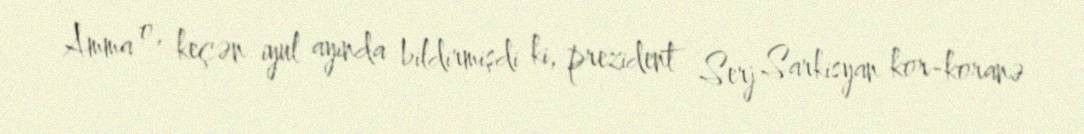
Amma o, keçən iyul ayında bildirmişdi ki, prezident Serj Sarkisyan kor-koranə